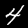
Label: 4